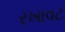
રખાવટ